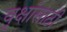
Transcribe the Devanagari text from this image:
वृक्षांसाठी